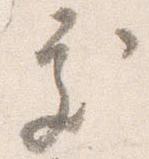
処